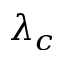
\lambda _ { c }